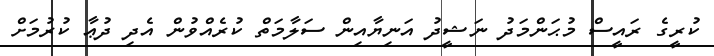
ކުރީގެ ރައީސް މުޙަންމަދު ނަޝީދު އަނިޔާއިން ސަލާމަތް ކުރެއްވުން އެދި ދުޢާ ކުރުމަށް